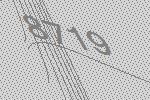
8719